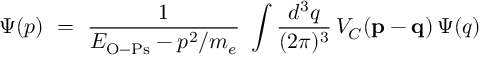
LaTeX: \Psi ( p ) ~ = ~ { \frac { 1 } { E _ { \mathrm { O - P s } } - p ^ { 2 } / m _ { e } } } ~ \int { \frac { d ^ { 3 } q } { ( 2 \pi ) ^ { 3 } } } \, V _ { C } ( { \bf p } - { \bf q } ) \, \Psi ( q )